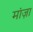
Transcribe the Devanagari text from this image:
मांज़ा